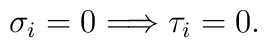
\sigma_i=0\Longrightarrow \tau_i=0.